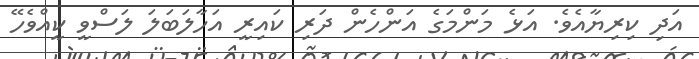
އަދި ކިރިޔާއެވެ. އަޅެ މަންމަގެ އަންހެން ދަރި ކައިރީ އަހާލަބަލަ ލަސްވީ ކީއްވެހޭ